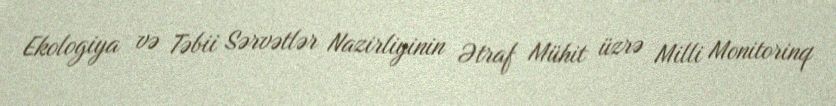
Ekologiya və Təbii Sərvətlər Nazirliyinin Ətraf Mühit üzrə Milli Monitorinq